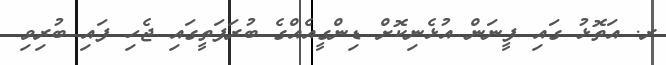
ރ. އަތޮޅު ގައި ފީނަން އުޅެނިކޮށް ޑިންގީއެއްގެ ބުރަފަތީގައި ޖެހި ފައި ބުރިވި